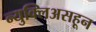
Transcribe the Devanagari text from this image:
न्युक्लिअसहून